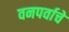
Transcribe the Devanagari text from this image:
वनपर्वाचे